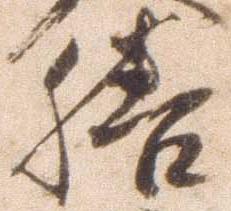
膳